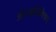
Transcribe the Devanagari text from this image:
अंतअधिमिश्रण